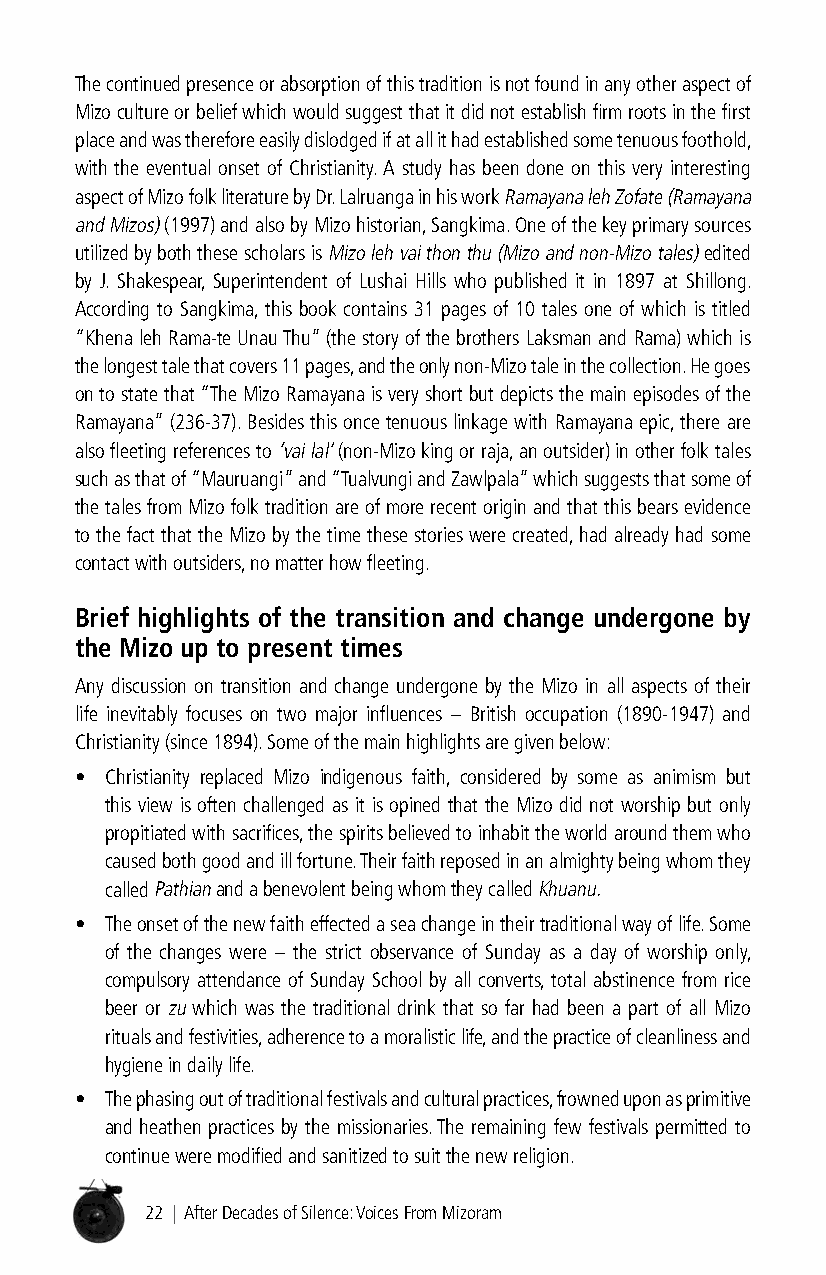
The continued presence or absorption of this tradition is not found in any other aspect of
 Mizo culture or belief which would suggest that it did not establish firm roots in the first
 place and was therefore easily dislodged if at all it had established some tenuous foothold,
 with the eventual onset of Christianity. A study has been done on this very interesting
 aspect of Mizo folk literature by Dr. Lalruanga in his work Ramayana leh Zofate (Ramayana
 and Mizos) (1997) and also by Mizo historian, Sangkima. One of the key primary sources
 utilized by both these scholars is Mizo leh vai thon thu (Mizo and non-Mizo tales) edited
 by J. Shakespear, Superintendent of Lushai Hills who published it in 1897 at Shillong.
 According to Sangkima, this book contains 31 pages of 10 tales one of which is titled
 “Khena leh Rama-te Unau Thu” (the story of the brothers Laksman and Rama) which is
 the longest tale that covers 11 pages, and the only non-Mizo tale in the collection. He goes
 on to state that “The Mizo Ramayana is very short but depicts the main episodes of the
 Ramayana” (236-37). Besides this once tenuous linkage with Ramayana epic, there are
 also fleeting references to ‘vai lal’ (non-Mizo king or raja, an outsider) in other folk tales
 such as that of “Mauruangi” and “Tualvungi and Zawlpala” which suggests that some of
 the tales from Mizo folk tradition are of more recent origin and that this bears evidence
 to the fact that the Mizo by the time these stories were created, had already had some
 contact with outsiders, no matter how fleeting.
 Brief highlights of the transition and change undergone by
 the Mizo up to present times
 Any discussion on transition and change undergone by the Mizo in all aspects of their
 life inevitably focuses on two major influences – British occupation (1890-1947) and
 Christianity (since 1894). Some of the main highlights are given below:
 • Christianity replaced Mizo indigenous faith, considered by some as animism but
 this view is often challenged as it is opined that the Mizo did not worship but only
 propitiated with sacrifices, the spirits believed to inhabit the world around them who
 caused both good and ill fortune. Their faith reposed in an almighty being whom they
 called Pathian and a benevolent being whom they called Khuanu.
 • The onset of the new faith effected a sea change in their traditional way of life. Some
 of the changes were – the strict observance of Sunday as a day of worship only,
 compulsory attendance of Sunday School by all converts, total abstinence from rice
 beer or zu which was the traditional drink that so far had been a part of all Mizo
 rituals and festivities, adherence to a moralistic life, and the practice of cleanliness and
 hygiene in daily life.
 • The phasing out of traditional festivals and cultural practices, frowned upon as primitive
 and heathen practices by the missionaries. The remaining few festivals permitted to
 continue were modified and sanitized to suit the new religion.
 22 | After Decades of Silence: Voices From Mizoram